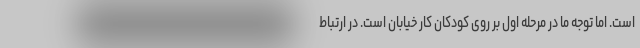
است. اما توجه ما در مرحله اول بر روی کودکان کار خیابان است. در ارتباط